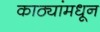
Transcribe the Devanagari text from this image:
काठ्यांमधून